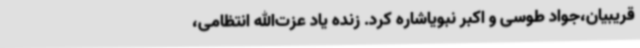
قریبیان،جواد طوسی و اکبر نبویاشاره کرد. زنده یاد عزت‌الله انتظامی،